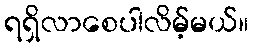
ရရှိလာစေပါလိမ့်မယ်။